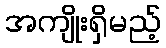
အကျိုးရှိမည့်